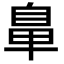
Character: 𮮲